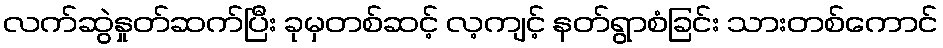
လက်ဆွဲနှုတ်ဆက်ပြီး ခုမှတစ်ဆင့် လ့ကျင့် နတ်ရွာစံခြင်း သားတစ်ကောင်